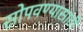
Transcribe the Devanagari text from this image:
सोपवण्यासाठी